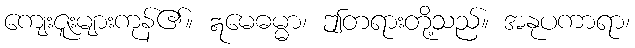
ကျေးဇူးများကုန်၏။ ဣမေဓမ္မာ၊ ဤတရားတို့သည်။ အနုပကာရာ၊